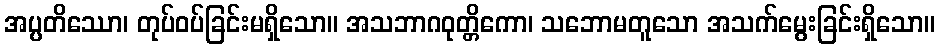
အပ္ပတိဿော၊ တုပ်ဝပ်ခြင်းမရှိသော။ အသဘာဂဝုတ္တိကော၊ သဘောမတူသော အသက်မွေးခြင်းရှိသော။